Causation and prevention of malarial fevers: a statement of the results of researches drawn up for the use of assistant surgeons, hospital assistants and students
Disease focus: Malaria
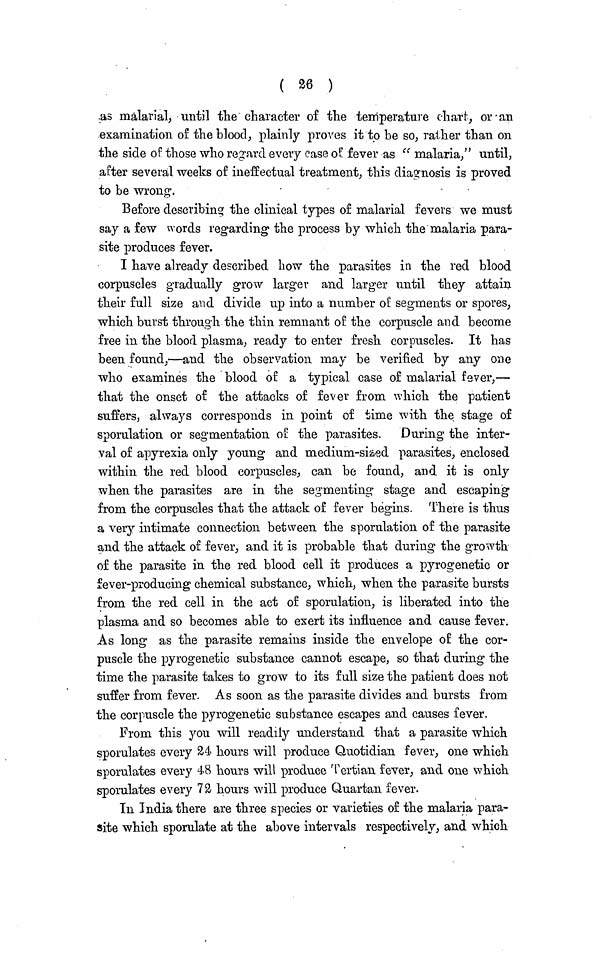
( 26 )
as malarial, until the character of the temperature chart, or an
examination of the blood, plainly proves it to be so, rather than on
the side of those who regard every case of fever as " malaria," until,
after several weeks of ineffectual treatment, this diagnosis is proved
to be wrong.
Before describing the clinical types of malarial fevers we must
say a few words regarding the process by which the malaria para-
site produces fever.
I have already described bow the parasites in the red blood
corpuscles gradually grow larger and larger until they attain
their full size and divide up into a number of segments or spores,
which burst through the thin remnant of the corpuscle and become
free in the blood plasma, ready to enter fresh corpuscles. It has
been found,—and the observation may be verified by any one
who examines the blood of a typical case of malarial fever,—
that the onset of the attacks of fever from which the patient
suffers, always corresponds in point of time with the stage of
sporulation or segmentation of the parasites. During the inter-
val of apyrexia only young and medium-sized parasites, enclosed
within the red blood corpuscles, can be found, and it is only
when the parasites are in the segmenting stage and escaping
from the corpuscles that the attack of fever begins. There is thus
a very intimate connection between the sporulation of the parasite
and the attack of fever, and it is probable that during the growth
of the parasite in the red blood cell it produces a pyrogenetic or
fever-producing chemical substance, which, when the parasite bursts
from the red cell in the act of sporulation, is liberated into the
plasma and so becomes able to exert its influence and cause fever.
As long as the parasite remains inside the envelope of the cor-
puscle the pyrogenetic substance cannot escape, so that during the
time the parasite takes to grow to its full size the patient does not
suffer from fever. As soon as the parasite divides and bursts from
the corpuscle the pyrogenetic substance escapes and causes fever.
From this you will readily understand that a parasite which
sporulates every 24 hours will produce Quotidian fever, one which
sporulates every 48 hours will produce Tertian fever, and one which
sporulates every 72 hours will produce Quartan fever.
In India there are three species or varieties of the malaria para-
site which sporulate at the above intervals respectively, and which